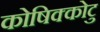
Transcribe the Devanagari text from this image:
कोषिक्कोटु